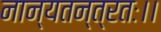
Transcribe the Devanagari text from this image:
नान्यतन्त्रतः।।